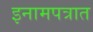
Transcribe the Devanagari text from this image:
इनामपत्रात